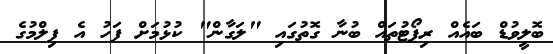
ބޮލީވުޑް ބައެއް ރިޕޯޓުތައް ބުނާ ގޮތުގައި "ލަގާން" ކުޅުމަށް ފަހު އެ ފިލްމުގެ